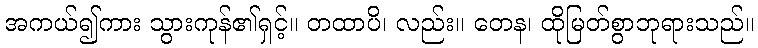
အကယ်၍ကား သွားကုန်၏ရှင့်။ တထာပိ၊ လည်း။ တေန၊ ထိုမြတ်စွာဘုရားသည်။